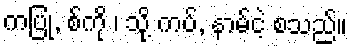
ကပြု, စ်ကို ၊ သို့ ကပ်, နာမ်ငဲ့ စသည်။